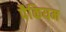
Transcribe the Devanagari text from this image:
पैकियम